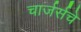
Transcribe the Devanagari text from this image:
चार्जर्सचे